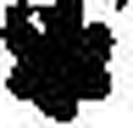
*